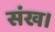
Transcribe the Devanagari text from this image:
संख।